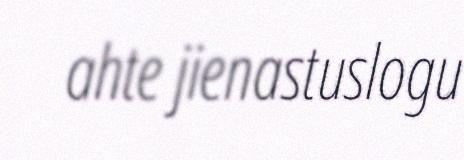
ahte jienastuslogu